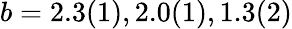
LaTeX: b=2.3(1),2.0(1),1.3(2)